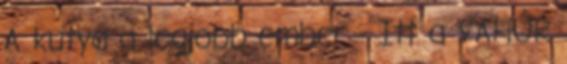
A kutya a legjobb ember - Itt a VAHÚR